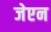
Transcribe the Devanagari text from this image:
जेएन